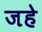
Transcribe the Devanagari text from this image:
जहे